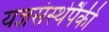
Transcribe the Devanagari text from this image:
यज्ञसंस्थेपैकी